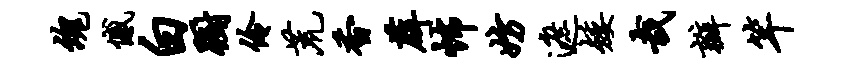
魂憾白蹰伶荒香薜怖妨遮矮哉瓣竿